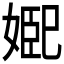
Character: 𭒆